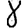
Digit: 8